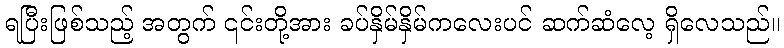
ရပြီးဖြစ်သည့် အတွက် ၎င်းတို့အား ခပ်နှိမ်နှိမ်ကလေးပင် ဆက်ဆံလေ့ ရှိလေသည်။